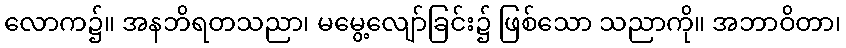
လောက၌။ အနဘိရတသညာ၊ မမွေ့လျော်ခြင်း၌ ဖြစ်သော သညာကို။ အဘာဝိတာ၊